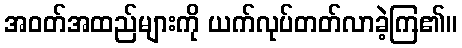
အဝတ်အထည်များကို ယက်လုပ်တတ်လာခဲ့ကြ၏။